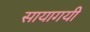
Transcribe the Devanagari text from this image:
सायागयी